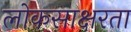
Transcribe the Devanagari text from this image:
लोकसाक्षरता